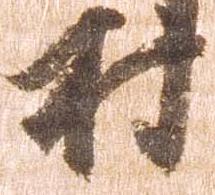
村